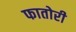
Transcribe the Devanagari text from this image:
फातोरी